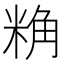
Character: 𮇢